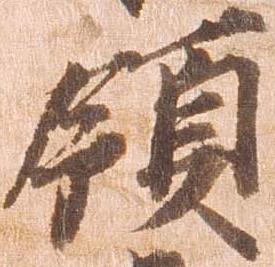
領